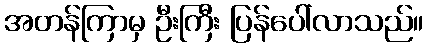
အတန်ကြာမှ ဦးကြီး ပြန်ပေါ်လာသည်။